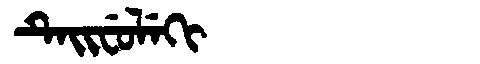
Manchu: ᡨᡝᡳᠸᡠᠯᡝᡴᡳ
Romanization: TEIFULEKI